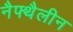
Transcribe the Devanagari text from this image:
नैफ्थैलीन